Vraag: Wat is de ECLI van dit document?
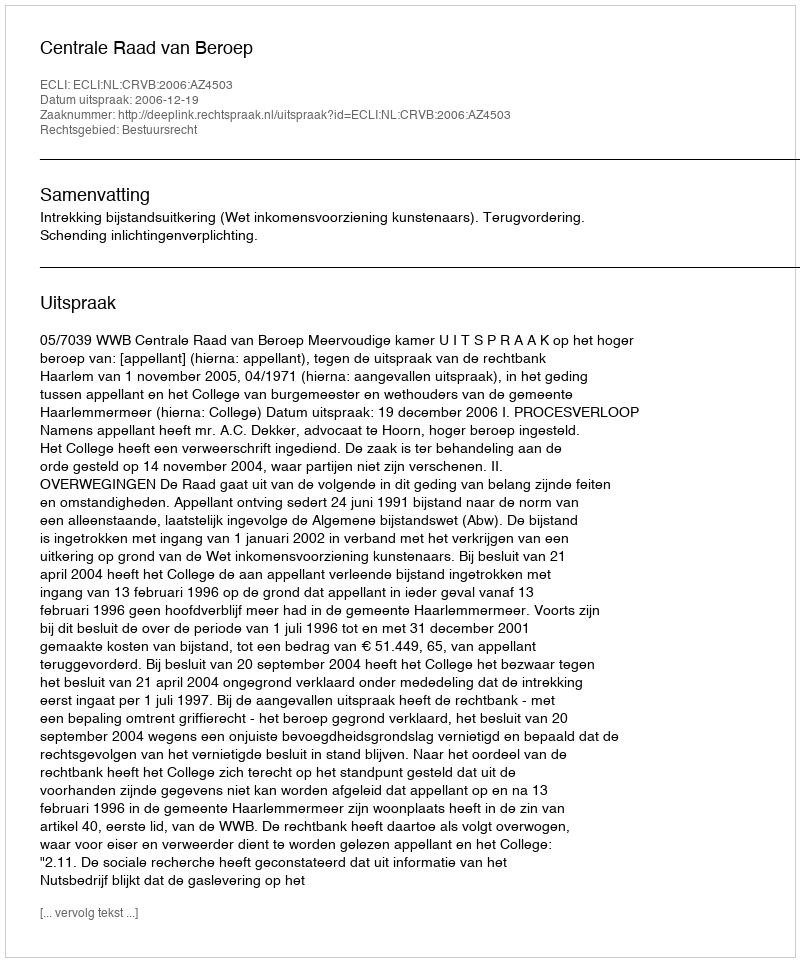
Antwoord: ECLI:NL:CRVB:2006:AZ4503